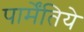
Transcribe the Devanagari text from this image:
पार्मेंतिये